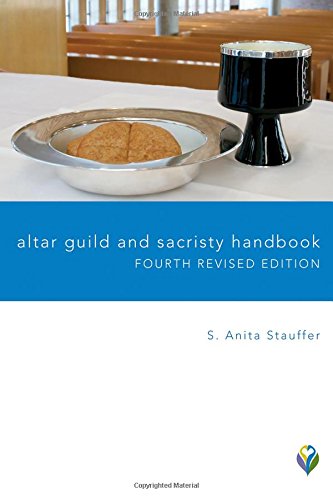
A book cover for Altar Guild and Sacristy Handbook: Fourth Revised Edition (Worship Matters); S. Anita Stauffer; Christian Books & Bibles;